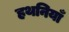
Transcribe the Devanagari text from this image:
हथनियाँ